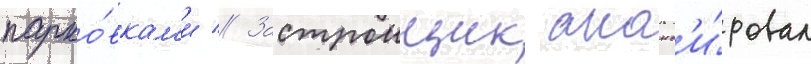
парко́вкам'и // Застроищик анонс'и́ровал